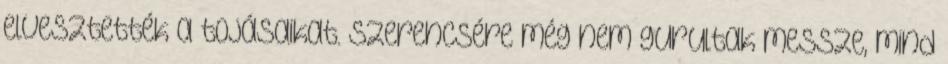
elvesztették a tojásaikat. Szerencsére még nem gurultak messze, mind